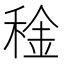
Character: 𥟨